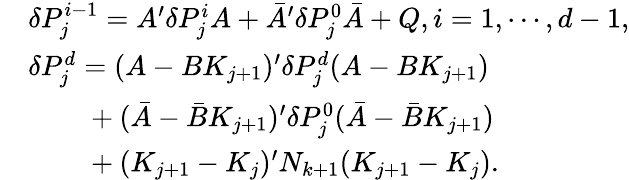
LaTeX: \begin{array}{rl}&{\delta P_{j}^{i-1}=A^{\prime}\delta P_{j}^{i}A+\bar{A}^{\prime}\delta P_{j}^{0}\bar{A}+Q,i=1,\cdots,d-1,}\\ &{\delta P_{j}^{d}=(A-BK_{j+1})^{\prime}\delta P_{j}^{d}(A-BK_{j+1})}\\ &{~~~~~~~~+(\bar{A}-\bar{B}K_{j+1})^{\prime}\delta P_{j}^{0}(\bar{A}-\bar{B}K_{j+1})}\\ &{~~~~~~~~+(K_{j+1}-K_{j})^{\prime}N_{k+1}(K_{j+1}-K_{j}).}\end{array}